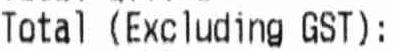
TOTAL (EXCLUDING GST):